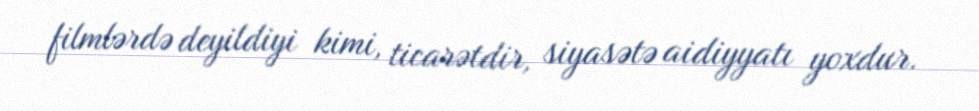
filmlərdə deyildiyi kimi, ticarətdir, siyasətə aidiyyatı yoxdur.